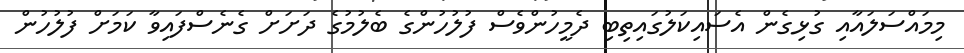
މިމައްސަލައާއި ގުޅިގެން އެސައިކަލުގައިތިބި ދެމީހުންވެސް ފުލުހުންގެ ބެލުމުގެ ދަށަށް ގެނެސްފައިވާ ކަަމަށް ފުލުހުން